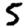
Digit: 5